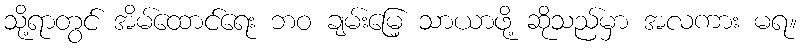
သို့ရာတွင် အိမ်ထောင်ရေး ဘဝ ချမ်းမြေ့ သာယာဖို့ ဆိုသည်မှာ အလကား မရ။